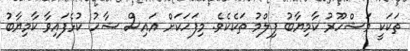
ތަކަކީ މަޝްހޫރު ކާމިޔާބު ފިލްމު ތަކެކެވެ. މިފަހަކަށް އައިސް ޝާހު ކުޅެފައިވާ ކާމިޔާބު